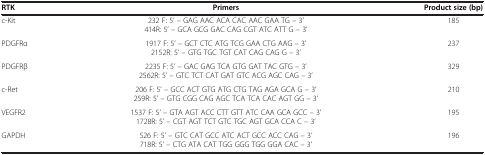
<table><thead><tr><td><b>RTK</b></td><td><b>Primers</b></td><td><b>Product size (bp)</b></td></tr></thead><tbody><tr><td>c-Kit</td><td>232 F: 5’ -- GAG AAC ACA CAC AAC GAA TG – 3’414R: 5’ -- GCA GCG GAC CAG CGT ATC ATT G – 3’</td><td>185</td></tr><tr><td>PDGFRα</td><td>1917 F: 5’ – GCT CTC ATG TCG GAA CTG AAG – 3’2152R: 5’ – GTG TGC TGT CAT CAG CAG G – 3’</td><td>237</td></tr><tr><td>PDGFRβ</td><td>2235 F: 5’ – GAC GAG TCA GTG GAT TAC GTG – 3’2562R: 5’ – GTC TCT CAT GAT GTC ACG AGC CAG – 3’</td><td>329</td></tr><tr><td>c-Ret</td><td>206 F: 5’ – GCC ACT GTG ATG CTG TAG AGA GCA G – 3’259R: 5’ – GTG CGG CAG AGC TCA TCA CAC AGT GG – 3’</td><td>210</td></tr><tr><td>VEGFR2</td><td>1537 F: 5’ – GTA AGT ACC CTT GTT ATC CAA GCA GCC – 3’1728R: 5’ – CGT AGT TCT GTC TGC AGT GCA CCA C – 3’</td><td>195</td></tr><tr><td>GAPDH</td><td>526 F: 5’ – GTC CAT GCC ATC ACT GCC ACC CAG – 3’718R: 5’ – CTG ATA CAT TGG GGG TGG GGA CAC – 3’</td><td>196</td></tr></tbody></table>